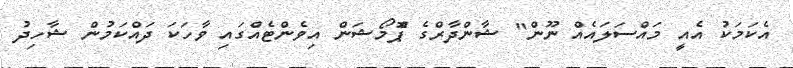
އެކަމަކު އެއީ މައްސަލައެއް ނޫން" ޝާންދާރްގެ ޕްޮމޯޝަން އިވެންޓެއްގައި ވާހަކަ ދައްކަމުން ޝާހިދު